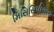
મિસિસિપીઅન